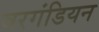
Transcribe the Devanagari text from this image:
वरगंडियन